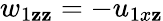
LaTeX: w_{1\mathbf{z}\mathbf{z}}=-u_{1x\mathbf{z}}